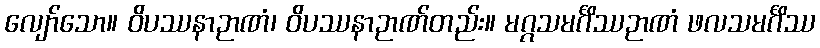
လျော်သော။ ဝိပဿနာဉာဏံ၊ ဝိပဿနာဉာဏ်တည်း။ မဂ္ဂသမင်္ဂိဿဉာဏံ ဖလသမင်္ဂိဿ